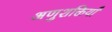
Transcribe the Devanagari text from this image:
अणुशक्तियाँ